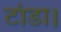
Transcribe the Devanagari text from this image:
टांडा।